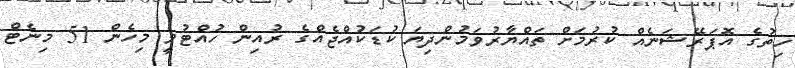
ހިތުގެ އޮޕަރޭޝަނެއް ކުރުމަށް ތައްޔާރުވަމުންދިޔަ ކުޑަކުއްޖެއްގެ ރުއިން ހުއްޓުވީ މިހެން 51 މިނެޓް